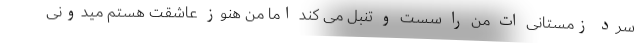
سرد زمستانی ات من را سست و تنبل می کند اما من هنوز عاشقت هستم میدونی